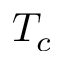
T _ { c }